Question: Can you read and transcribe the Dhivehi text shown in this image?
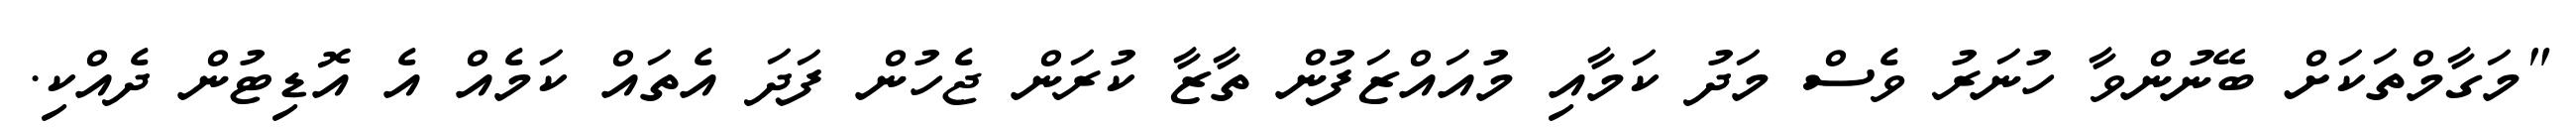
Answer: "މަގާމްތަކަށް ބޭނުންވާ ހުނަރު ވެސް މަދު ކަމާއި މުއައްޒަފުން ތާޒާ ކުރަން ޖެހުން ފަދަ އެތައް ކަމެއް އެ އޮޑިޓުން ދެއްކި.